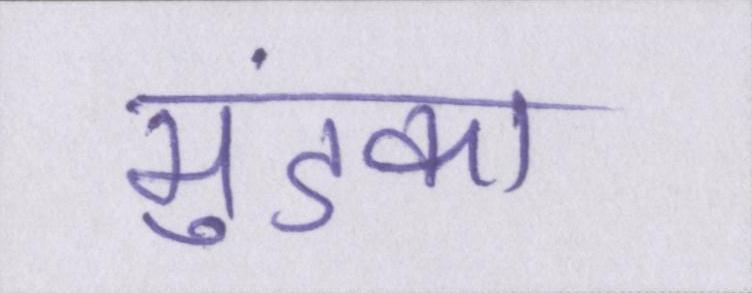
मुंडका